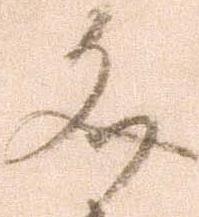
文